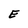
Character: E